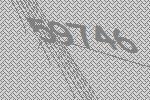
59746